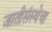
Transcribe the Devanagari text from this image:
जातीसंस्थेचा